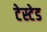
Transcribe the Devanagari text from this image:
टेस्टेड